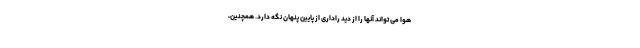
هوا می تواند آنها را از دید راداری از پایین پنهان نگه دارد. همچنین،